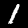
Digit: 1